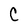
Character: C